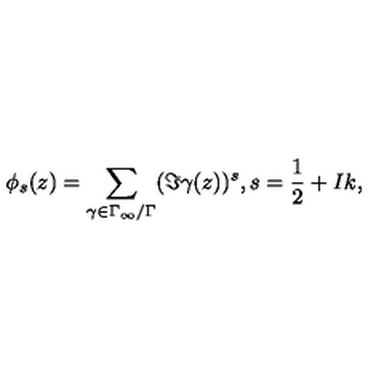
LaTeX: \phi _ { s } ( z ) = \sum _ { \gamma \in \Gamma _ { \infty } / \Gamma } ( \Im \gamma ( z ) ) ^ { s } , s = \frac { 1 } { 2 } + I k ,